Civil Veterinary Dept. Bombay admin report 1914-1922 - 1914-1922
Year: 1914
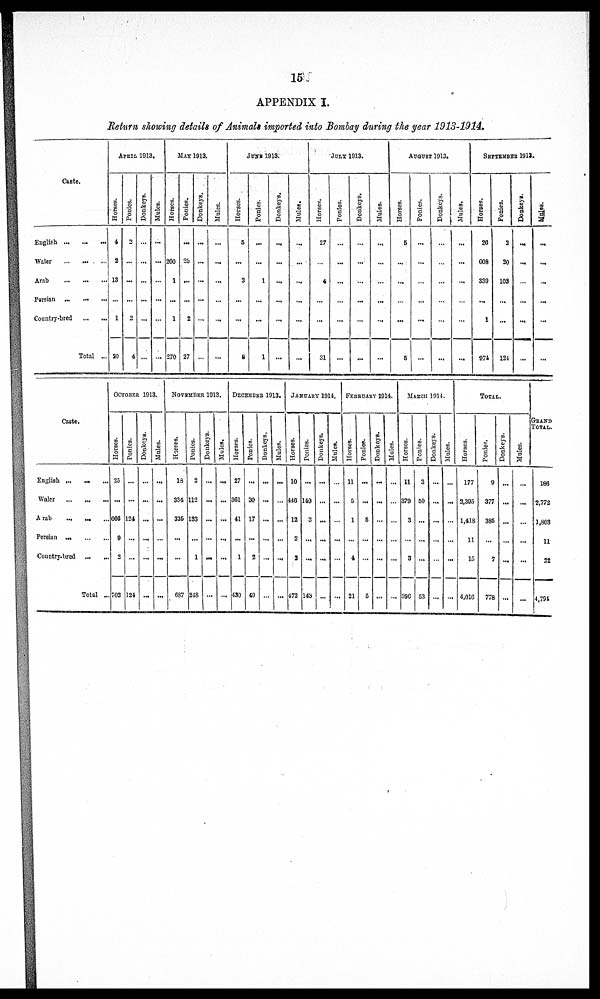
15
APPENDIX I.
Return showing details of Animals imported into Bombay during the year 1913-1914.
Caste.
English
...
...
...
Waler
...
...
...
Arab
...
...
...
Persian
...
...
...
Country-bred
...
...
Total ...
APRIL 1913.
Horses.
4
2
13
...
1
20
Ponies.
2
...
...
...
2
4
Donkeys.
...
...
...
...
...
...
Mules.
...
...
...
...
...
...
MAY 1913.
Horses.
...
260
1
...
1
270
Ponies.
...
25
...
...
2
27
Donkeys.
...
...
...
...
...
...
Mules.
...
...
...
...
...
...
JUNE
1913.
Horses.
5
...
3
...
...
8
Ponies.
...
...
1
...
...
1
Donkeys.
...
...
...
...
...
...
Mules.
...
...
...
...
...
...
JULY
1913.
Horses.
27
...
4
...
...
31
Ponies.
...
...
...
...
...
...
Donkeys.
...
...
...
...
...
...
Mules.
...
...
...
...
...
...
AUGUST
1913.
Horses.
5
...
...
...
...
5
Ponies.
...
...
...
...
...
...
Donkeys.
...
...
...
...
...
...
Mules.
...
...
...
...
...
...
SEPTEMBER
1913.
Horses.
26
608
339
...
1
974
Ponies.
2
20
102
...
...
124
Donkeys.
...
...
...
...
...
...
Mules.
...
...
...
...
...
...
Caste.
English ...
...
Waler
...
...
...
Arab
...
...
...
Persian
...
...
...
Country-bred
... ... ...
Total ...
OCTOBER
1913.
Horses.
25
...
666
9
2
702
Ponies.
...
...
124
...
...
124
Donkeys.
...
...
...
...
...
...
Mules.
...
...
...
...
...
...
NOVEMBER 1913.
Horses.
18
334
335
...
...
687
Ponies.
2
112
133
...
1
248
Donkeys.
...
...
...
...
...
Mules.
...
...
...
...
...
...
DECEMBER
1913.
Horses.
27
361
41
...
1
430
Ponies.
...
30
17
...
2
49
Donkeys.
...
...
...
...
...
...
Mules.
...
...
...
...
...
...
JANUARY
1914.
Horses.
10
440
12
2
2
472
Ponies.
...
140
3
...
...
143
Donkeys.
...
...
...
...
...
...
Mules.
...
...
...
...
...
...
FEBRUARY
1914.
Horses.
11
5
1
...
4
21
Ponies.
...
...
5
...
5
Donkeys.
...
...
...
...
...
...
Mules.
...
...
...
...
...
...
MARCH
1914.
Horses.
11
379
3
3
396
Ponies.
3
50
...
...
...
53
Donkeys.
...
...
...
...
...
...
Mules.
...
...
...
...
...
...
Hor s es .
177
2,395
1,418
11
15
4,016
TOTAL
Ponies.
9
377
385
...
1
778
Donkeys.
...
...
...
...
...
Mules.
...
...
...
...
...
...
GRAND
TOTAL.
186
2,772
1,803
11
22
4,794